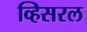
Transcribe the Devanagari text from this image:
व्हिसरल